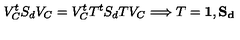
V _ { C } ^ { t } S _ { d } V _ { C } = V _ { C } ^ { t } T ^ { t } S _ { d } T V _ { C } \Longrightarrow T = \bf { 1 } , S _ { d }